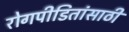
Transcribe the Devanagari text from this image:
रोगपीडितांसाठी